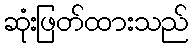
ဆုံးဖြတ်ထားသည်